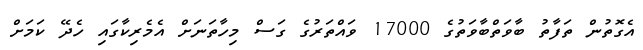
އެގޮތުން ތަފާތު ބާވަތްބާވަތުގެ 17000 ވައްތަރުގެ ގަސް މިހާތަނަށް އެމެރިކާގައި ހެދޭ ކަމަށް